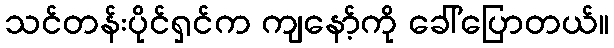
သင်တန်းပိုင်ရှင်က ကျနော့်ကို ခေါ်ပြောတယ်။